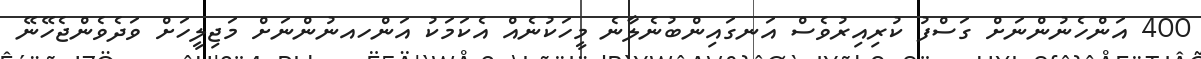
400 އަންހެނުންނަށް ގަސްފު ކުރިއިރުވެސް އަނގައިންބުނެލާނެ މީހަކުނެއް އެކަމަކު އަންހއނުންނަށް މަޖިލީހަށް ވަދެވެންޖެހޭނޭ